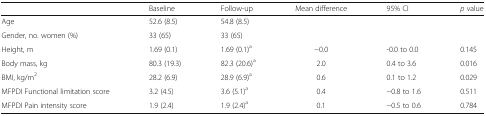
<table><thead><tr><td></td><td><b>Baseline</b></td><td><b>Follow-up</b></td><td><b>Mean difference</b></td><td><b>95% CI</b></td><td><b><i>p</i> value</b></td></tr></thead><tbody><tr><td>Age</td><td>52.6 (8.5)</td><td>54.8 (8.5)</td><td></td><td></td><td></td></tr><tr><td>Gender, no. women (%)</td><td>33 (65)</td><td>33 (65)</td><td></td><td></td><td></td></tr><tr><td>Height, m</td><td>1.69 (0.1)</td><td>1.69 (0.1)<sup>a</sup></td><td>−0.0</td><td>-0.0 to 0.0</td><td>0.145</td></tr><tr><td>Body mass, kg</td><td>80.3 (19.3)</td><td>82.3 (20.6)<sup>a</sup></td><td>2.0</td><td>0.4 to 3.6</td><td>0.016</td></tr><tr><td>BMI, kg/m<sup>2</sup></td><td>28.2 (6.9)</td><td>28.9 (6.9)<sup>a</sup></td><td>0.6</td><td>0.1 to 1.2</td><td>0.029</td></tr><tr><td>MFPDI Functional limitation score</td><td>3.2 (4.5)</td><td>3.6 (5.1)<sup>a</sup></td><td>0.4</td><td>−0.8 to 1.6</td><td>0.511</td></tr><tr><td>MFPDI Pain intensity score</td><td>1.9 (2.4)</td><td>1.9 (2.4)<sup>a</sup></td><td>0.1</td><td>−0.5 to 0.6</td><td>0.784</td></tr></tbody></table>